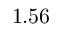
1 . 5 6